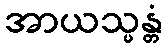
အာယသ္မန္တံ